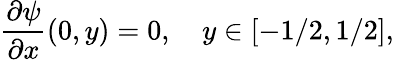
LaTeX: \frac{\partial\psi}{\partial x}(0,y)=0,~~~~y\in[-1/2,1/2],